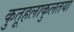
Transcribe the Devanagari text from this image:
कुतूहलाकुलतया